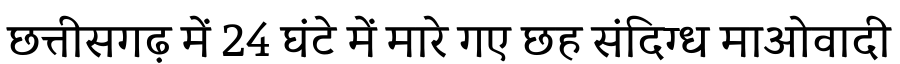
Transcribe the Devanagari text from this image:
छत्तीसगढ़ में 24 घंटे में मारे गए छह संदिग्ध माओवादी